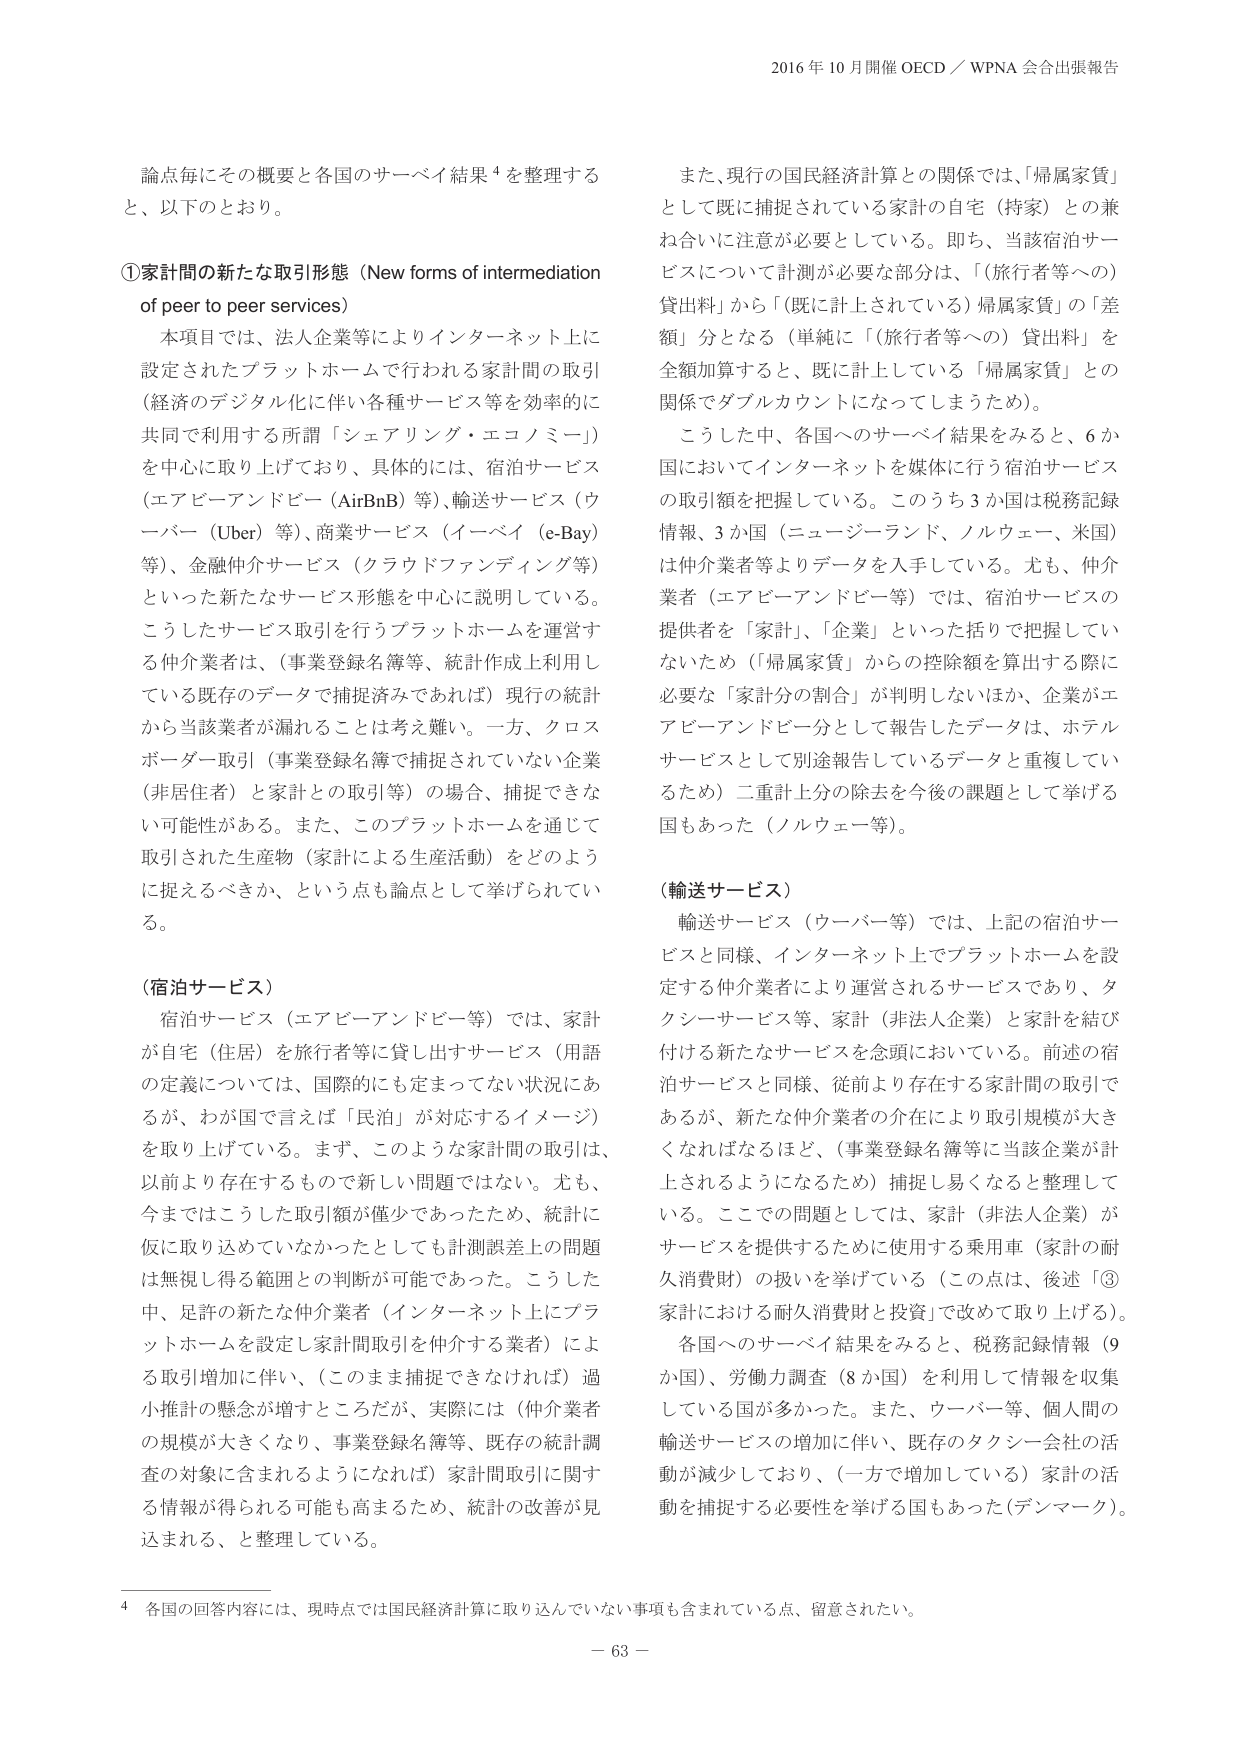
2016 年 10 月開催 OECD／WPNA 会合出席報告

論点毎にその概要と各国のサーベイ結果⁴を整理する
と、以下のとおり。

①家計間の新たな取引形態（New forms of intermediation
of peer to peer services）
　本項目では、法人企業等によりインターネット上に
設定されたプラットホームで行われる家計間の取引
（経済のデジタル化に伴い各種サービス等を効率的に
共同で利用する所謂「シェアリング・エコノミー」）
を中心に取り上げており、具体的には、宿泊サービス
（エアビーアンドビー（AirBnB）等）、輸送サービス（ウ
ーバー（Uber）等）、商業サービス（イーベイ（e-Bay）
等）、金融仲介サービス（クラウドファンディング等）
といった新たなサービス形態を中心に説明している。
こうしたサービス取引を行うプラットホームを運営す
る仲介業者は、（事業登録名簿等、統計作成上利用し
ている既存のデータで捕捉済みであれば）現行の統計
から当該業者が漏れることは考え難い。一方、クロス
ボーダー取引（事業登録名簿で捕捉されていない企業
（非居住者）と家計との取引等）の場合、捕捉できな
い可能性がある。また、このプラットホームを通じて
取引された生産物（家計による生産活動）をどのよう
に捉えるべきか、という点も論点として挙げられてい
る。

（宿泊サービス）
　宿泊サービス（エアビーアンドビー等）では、家計
が自宅（住居）を旅行者等に貸し出すサービス（用語
の定義については、国際的にも定まってない状況にあ
るが、わが国で言えば「民泊」が対応するイメージ）
を取り上げている。まず、このような家計間の取引は、
以前より存在するもので新しい問題ではない。尤も、
今まではこうした取引額が僅少であったため、統計に
仮に取り込めていなかったとしても計測誤差上の問題
は無視し得る範囲との判断が可能であった。こうした
中、足許の新たな仲介業者（インターネット上にプラ
ットホームを設定し家計間取引を仲介する業者）によ
る取引増加に伴い、（このまま捕捉できなければ）過
小推計の懸念が増すところだが、実際には（仲介業者
の規模が大きくなり、事業登録名簿等、既存の統計調
査の対象に含まれるようになれば）家計間取引に関す
る情報が得られる可能性も高まるため、統計の改善が見
込まれる、と整理している。

また、現行の国民経済計算との関係では、「帰属家賃」
として既に捕捉されている家計の自宅（持家）との兼
ね合いに注意が必要としている。即ち、当該宿泊サー
ビスについて計測が必要な部分は、「（旅行者等への）
貸出料」から「（既に計上されている）帰属家賃」の「差
額」分となる（単純に「（旅行者等への）貸出料」を
全額加算すると、既に計上している「帰属家賃」との
関係でダブルカウントになってしまうため）。
　こうした中、各国へのサーベイ結果をみると、6か
国においてインターネットを媒体に行う宿泊サービス
の取引額を把握している。このうち3か国は税務記録
情報、3か国（ニュージーランド、ノルウェー、米国）
は仲介業者等よりデータを入手している。尤も、仲介
業者（エアビーアンドビー等）では、宿泊サービスの
提供者を「家計」、「企業」といった括りで把握してい
ないため（「帰属家賃」からの控除額を算出する際に
必要な「家計分の割合」が判明しないほか、企業がエ
アビーアンドビー分として報告したデータは、ホテル
サービスとして別途報告しているデータと重複してい
るため）二重計上分の除去を今後の課題として挙げる
国もあった（ノルウェー等）。

（輸送サービス）
　輸送サービス（ウーバー等）では、上記の宿泊サー
ビスと同様、インターネット上でプラットホームを設
定する仲介業者により運営されるサービスであり、タ
クシーサービス等、家計（非法人企業）と家計を結び
付ける新たなサービスを念頭においている。前述の宿
泊サービスと同様、従前より存在する家計間の取引で
あるが、新たな仲介業者の介在により取引規模が大き
くなればなるほど、（事業登録名簿等に当該企業が計
上されるようになるため）捕捉し易くなると整理して
いる。ここでの問題としては、家計（非法人企業）が
サービスを提供するために使用する乗用車（家計の耐
久消費財）の扱いを挙げている（この点は、後述「③
家計における耐久消費財と投資」で改めて取り上げる）。
　各国へのサーベイ結果をみると、税務記録情報（9
か国）、労働力調査（8か国）を利用して情報を収集
している国が多かった。また、ウーバー等、個人間の
輸送サービスの増加に伴い、既存のタクシー会社の活
動が減少しており、（一方で増加している）家計の活
動を捕捉する必要性を挙げる国もあった（デンマーク）。

⁴ 各国の回答内容には、現時点では国民経済計算に取り込んでいない事項も含まれている点、留意されたい。

－ 63 －